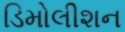
ડિમોલીશન